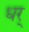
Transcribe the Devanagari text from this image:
धर्